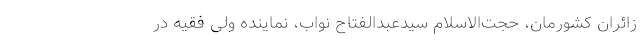
زائران کشورمان، حجت‌الاسلام سیدعبدالفتاح نواب، نماینده ولی فقیه در